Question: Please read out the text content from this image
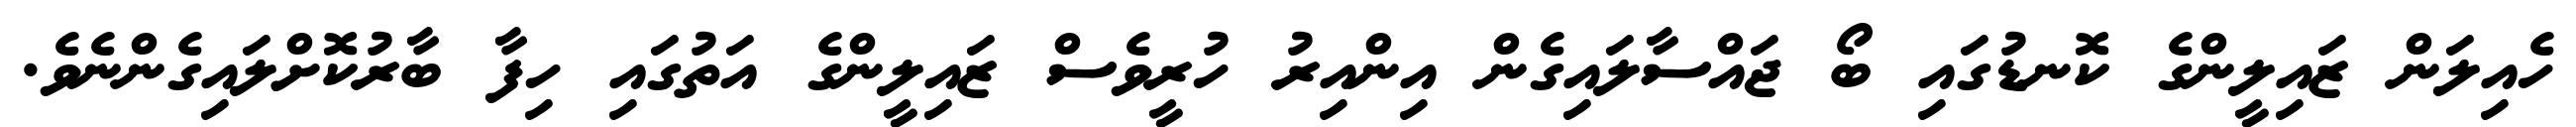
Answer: ހެއިލަން ޒައިލީންގެ ކޮނޑުގައި ބޯ ޖައްސާލައިގެން އިންއިރު ހުރީވެސް ޒައިލީންގެ އަތުގައި ހިފާ ބާރުކޮށްލައިގެންނެވެ.